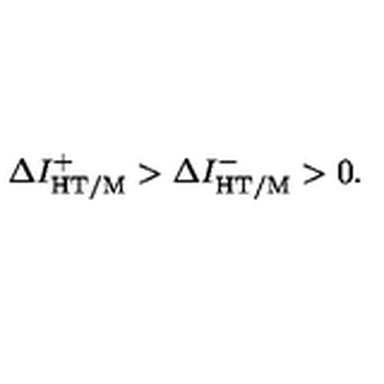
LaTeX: \Delta I _ { \mathrm { H T / M } } ^ { + } > \Delta I _ { \mathrm { H T / M } } ^ { - } > 0 .